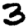
Digit: 3